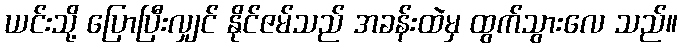
ယင်းသို့ ပြောပြီးလျှင် နိုင်ဇမ်သည် အခန်းထဲမှ ထွက်သွားလေ သည်။